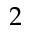
2